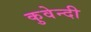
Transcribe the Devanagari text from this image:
कुवेन्दी